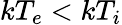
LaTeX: kT_{e}<kT_{i}